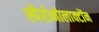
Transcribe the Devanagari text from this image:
स्पैरोनोलाक्टोंन